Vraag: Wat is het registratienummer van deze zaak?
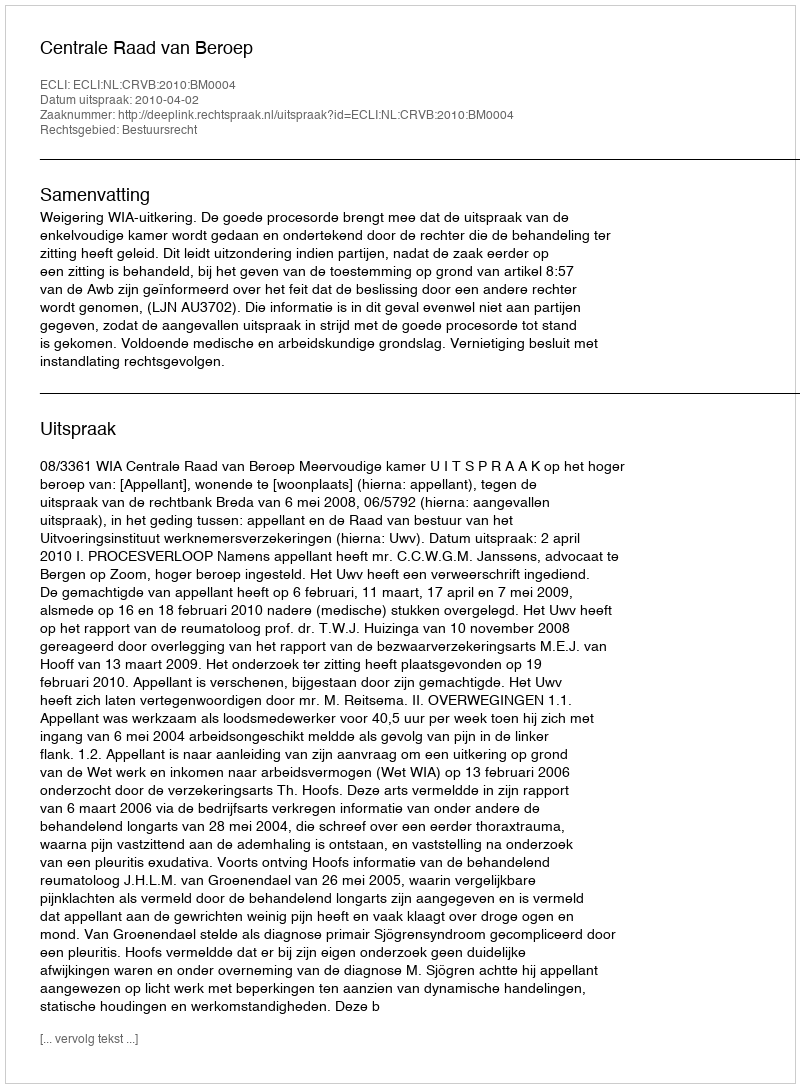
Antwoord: http://deeplink.rechtspraak.nl/uitspraak?id=ECLI:NL:CRVB:2010:BM0004